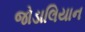
જોડાલિયાન